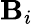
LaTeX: \mathbf{B}_{i}